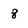
Character: 8